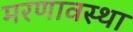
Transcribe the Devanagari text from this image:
मरणावस्था